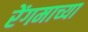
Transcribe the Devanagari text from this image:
रेंगमाच्या